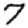
Digit: 7